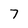
Character: 7